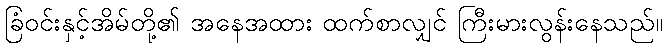
ခြံဝင်းနှင့်အိမ်တို့၏ အနေအထား ထက်စာလျှင် ကြီးမားလွန်းနေသည်။